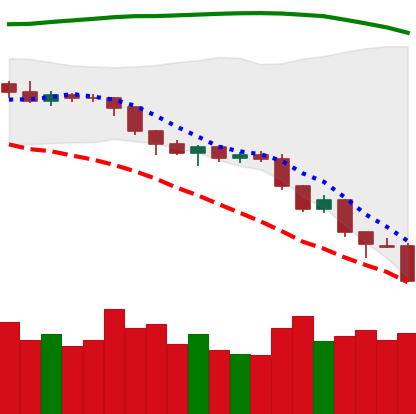
Ticker: ETH-USD
Chart end date: 2018-08-13
Forward return: 3.252%
Label: up_3_5